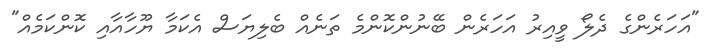
"އަހަރެންގެ ދެލޯ ވީއިރު އަހަރެން ބޭނުންކޮންމެ ތަނެއް ބެލިޔަސް އެކަމާ ޔޫހާއާއި ކޮންކަމެއް"